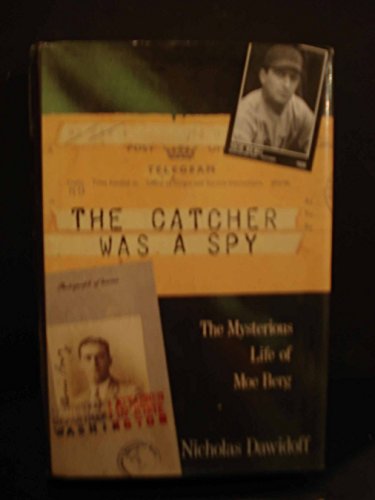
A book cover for The Catcher Was a Spy: The Mysterious Life of Moe Berg; Nicholas Dawidoff; Sports & Outdoors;